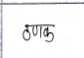
मजकूर: ठणक